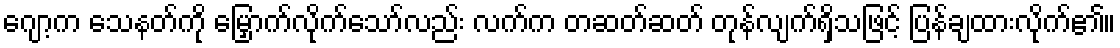
ဂျော့က သေနတ်ကို မြှောက်လိုက်သော်လည်း လက်က တဆတ်ဆတ် တုန်လျက်ရှိသဖြင့် ပြန်ချထားလိုက်၏။